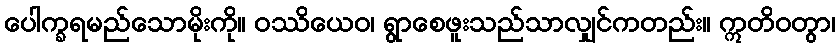
ပေါက္ခရမည်သောမိုးကို။ ဝဿိယေဝ၊ ရွာစေဖူးသည်သာလျှင်ကတည်း။ ဣတိဝတွာ၊